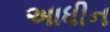
અાધીન